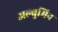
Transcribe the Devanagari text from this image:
अल्बुमिन